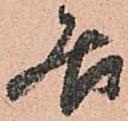
居